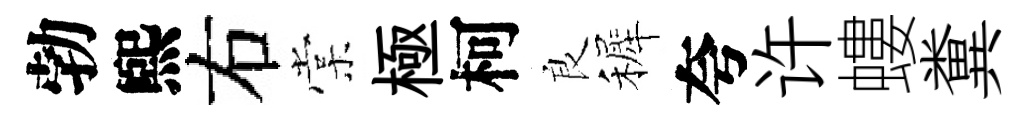
勃煕右棠極柯良裤夸许螻糞